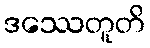
ဒဿေတူတိ